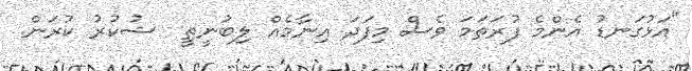
"އަޅުގަނޑު އެންމެ ފުރަތަމަ ވެސް މިފަދަ އިނާމެއް ލިބުނީތީ  ޝުކުރު ކުރަން.